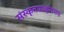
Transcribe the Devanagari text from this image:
संस्कृतप्राकृतमय